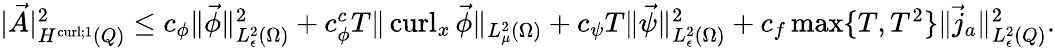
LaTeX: \begin{array}{r}{|\vec{A}|_{H^{\operatorname{curl};1}(Q)}^{2}\leq c_{\phi}\| \vec{\phi}\| _{L_{\epsilon}^{2}({\Omega})}^{2}+c_{\phi}^{c}T\| \operatorname{curl}_{x}\vec{\phi}\| _{L_{\mu}^{2}({\Omega})}+c_{\psi}T\| \vec{\psi}\| _{L_{\epsilon}^{2}({\Omega})}^{2}+c_{f}\operatorname*{max}\{ T,T^{2}\} \| \vec{j}_{a}\| _{L_{\epsilon}^{2}({Q})}^{2}.}\end{array}